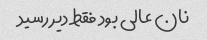
نان عالی بود فقط دیر رسید